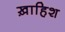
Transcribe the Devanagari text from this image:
ख़ाहिश